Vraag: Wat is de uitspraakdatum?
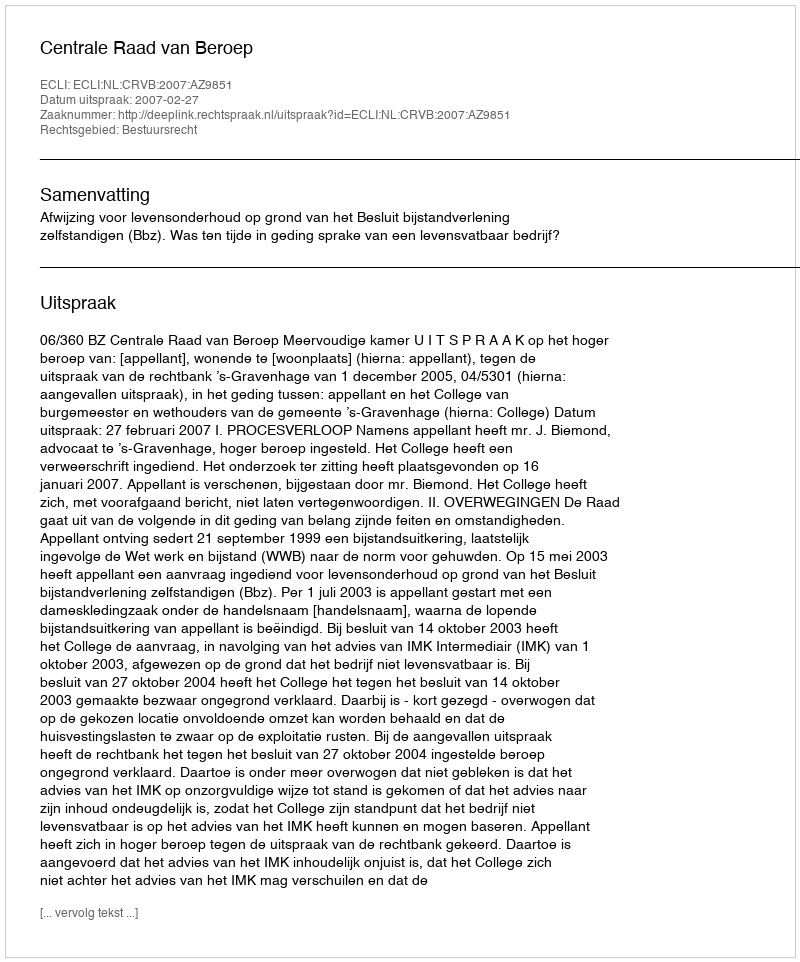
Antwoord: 2007-02-27